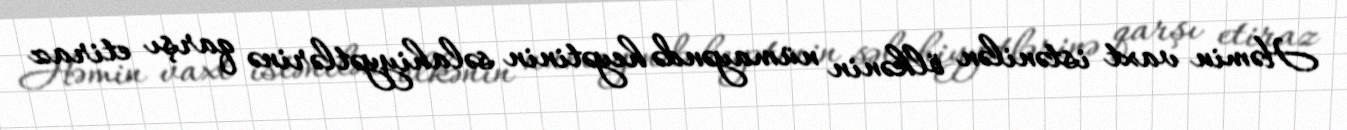
Həmin vaxt istənilən ölkənin nümayəndə heyətinin səlahiyyətlərinə qarşı etiraz